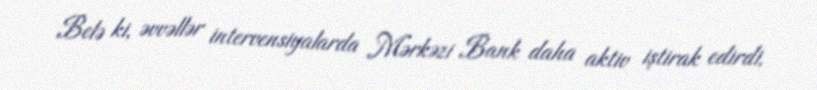
Belə ki, əvvəllər intervensiyalarda Mərkəzi Bank daha aktiv iştirak edirdi,